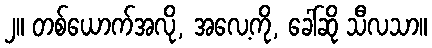
၂။ တစ်ယောက်အလို, အလေ့ကို, ခေါ်ဆို သီလသာ။